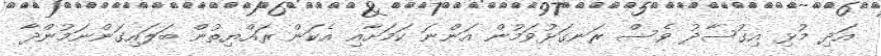
އަދި މުޅި އިގުސާދު ވެސް ރަނގަޅުވަމުން އަންނަ ކަމަށާއި އެކަން ރައްޔިތުން ބަލައިގަންނަމުންދާ